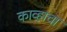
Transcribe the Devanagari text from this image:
काव्हाचा